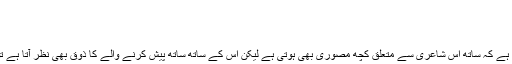
اصول و ضوابط
Thread: اصول و ضوابط
28-12-2008 #1
مصورانہ شاعری پڑھنے میں بہت لطف دیتی ہے کہ ساتھ اس شاعری سے متعلق کچھ مصوری بھی ہوتی ہے لیکن اس کے ساتھ ساتھ پیش کرنے والے کا ذوق بھی نظر آتا ہے تو بہت احتیاط سے اچھی مصوری پیش کریں ۔